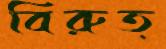
বিরুত্